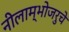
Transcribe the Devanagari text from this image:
नीलाम्भोजरुचे